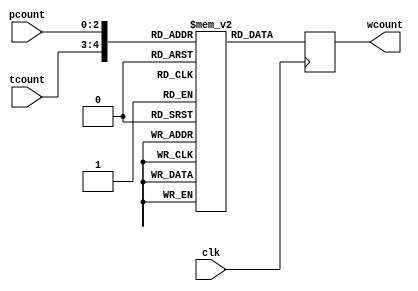
module ROM 
   #(parameter n=3)
   (
    input [1:0] tcount , // 1 2 or 3  can be represented in 2 bits
    input wire [n-1:0] pcount ,// accourding to the max_nymber of persons in the queue"7", and its an input wire from the counter moduele
    input clk ,
    output [4:0] wcount
);

wire [4:0] address ;
reg [4:0] rom [0:31] ; //32 place because of address each with 5 bits of data as we store up to 21 wich need 5 bits to be represented.
reg [4:0] waiting_time ;
assign address = {tcount[1:0],pcount[n-1:0]} ;
assign wcount = waiting_time ;
initial 
begin 
// we have the adress from 0 to 31
rom[0] <= 5'd0 ;
rom[1] <= 5'd0 ;
rom[2] <= 5'd0 ;
rom[3] <= 5'd0 ;
rom[4] <= 5'd0 ;
rom[5] <= 5'd0 ;
rom[6] <= 5'd0 ;
rom[7] <= 5'd0 ;

rom[8] <= 5'd0 ;
rom[9] <= 5'd3 ;
rom[10] <= 5'd6 ;
rom[11] <= 5'd9 ;
rom[12] <= 5'd12 ;
rom[13] <= 5'd15 ;
rom[14] <= 5'd18 ;
rom[15] <= 5'd21 ;

rom[16] <= 5'd1 ;
rom[17] <= 5'd3 ;
rom[18] <= 5'd4 ;
rom[19] <= 5'd6 ;
rom[20] <= 5'd7 ;
rom[21] <= 5'd9 ;
rom[22] <= 5'd10 ;
rom[23] <= 5'd12 ;

rom[24] <= 5'd2 ;
rom[25] <= 5'd3 ;
rom[26] <= 5'd4 ;
rom[27] <= 5'd5 ;
rom[28] <= 5'd6 ;
rom[29] <= 5'd7 ;
rom[30] <= 5'd8 ;
rom[31] <= 5'd9 ;
end 

integer my_int;
always @( address )
    my_int = address;
always @(posedge clk) 
begin
waiting_time <= rom[my_int] ;
end
    
endmodule